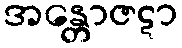
အန္တောဇဋာ